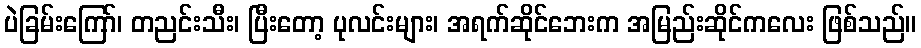
ပဲခြမ်းကြော်၊ တညင်းသီး၊ ပြီးတော့ ပုလင်းများ၊ အရက်ဆိုင်ဘေးက အမြည်းဆိုင်ကလေး ဖြစ်သည်။